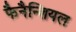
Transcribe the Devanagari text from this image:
फैनैन्शियल